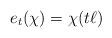
LaTeX: \begin{align*}e_t(\chi)=\chi(t\ell)\end{align*}